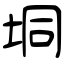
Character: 垌